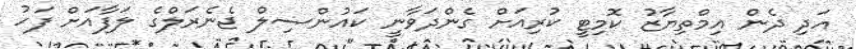
އަދި ދެން އިމްތިޔާޒު ކޮމިޓީ ކުރިއަށް ގެންދަވާނީ ކައުންސިލް ޖެނެރަލްގެ ލަފާއަށް ފަހު